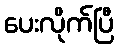
ပေးလိုက်ပြီ